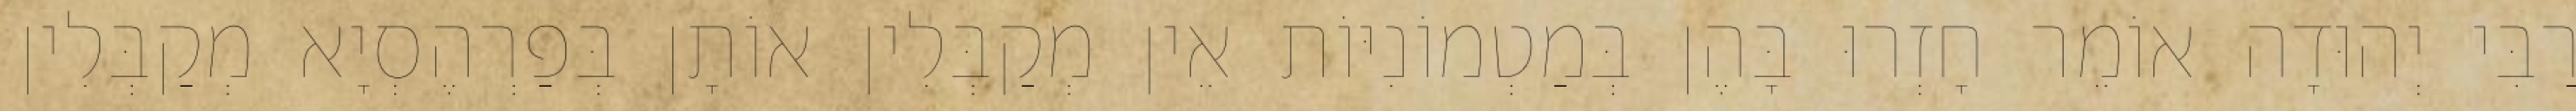
רַבִּי יְהוּדָה אוֹמֵר חָזְרוּ בָּהֶן בְּמַטְמוֹנִיּוֹת אֵין מְקַבְּלִין אוֹתָן בְּפַרְהֶסְיָא מְקַבְּלִין